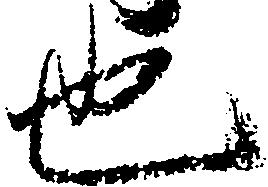
也